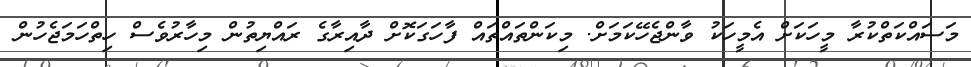
މަސައްކަތްކުރާ މީހަކަށް އެމީހަކު ވާންޖެހޭކަމަށް. މިކަންތައްތައް ފާހަގަކޮށް ދާއިރާގެ ރައްޔިތުން މިހާރުވެސް ހިތްހަމަޖެހުން